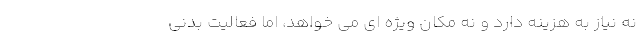
نه نیاز به هزینه دارد و نه مکان ویژه ای می خواهد، اما فعالیت بدنی